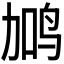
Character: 𬸇